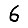
Digit: 6